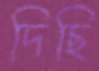
দিছি